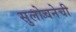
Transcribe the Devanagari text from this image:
सुलोचनेची